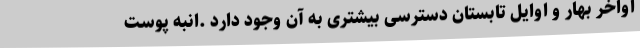
اواخر بهار و اوایل تابستان دسترسی بیشتری به آن وجود دارد .انبه پوست